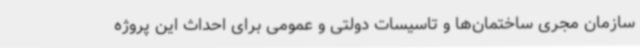
سازمان مجری ساختمان‌ها و تاسیسات دولتی و عمومی برای احداث این پروژه